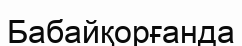
Бабайқорғанда